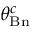
\theta _ { \mathrm { B n } } ^ { c }